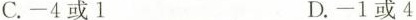
C. -4或1 D. -1或4